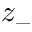
z _ { - }